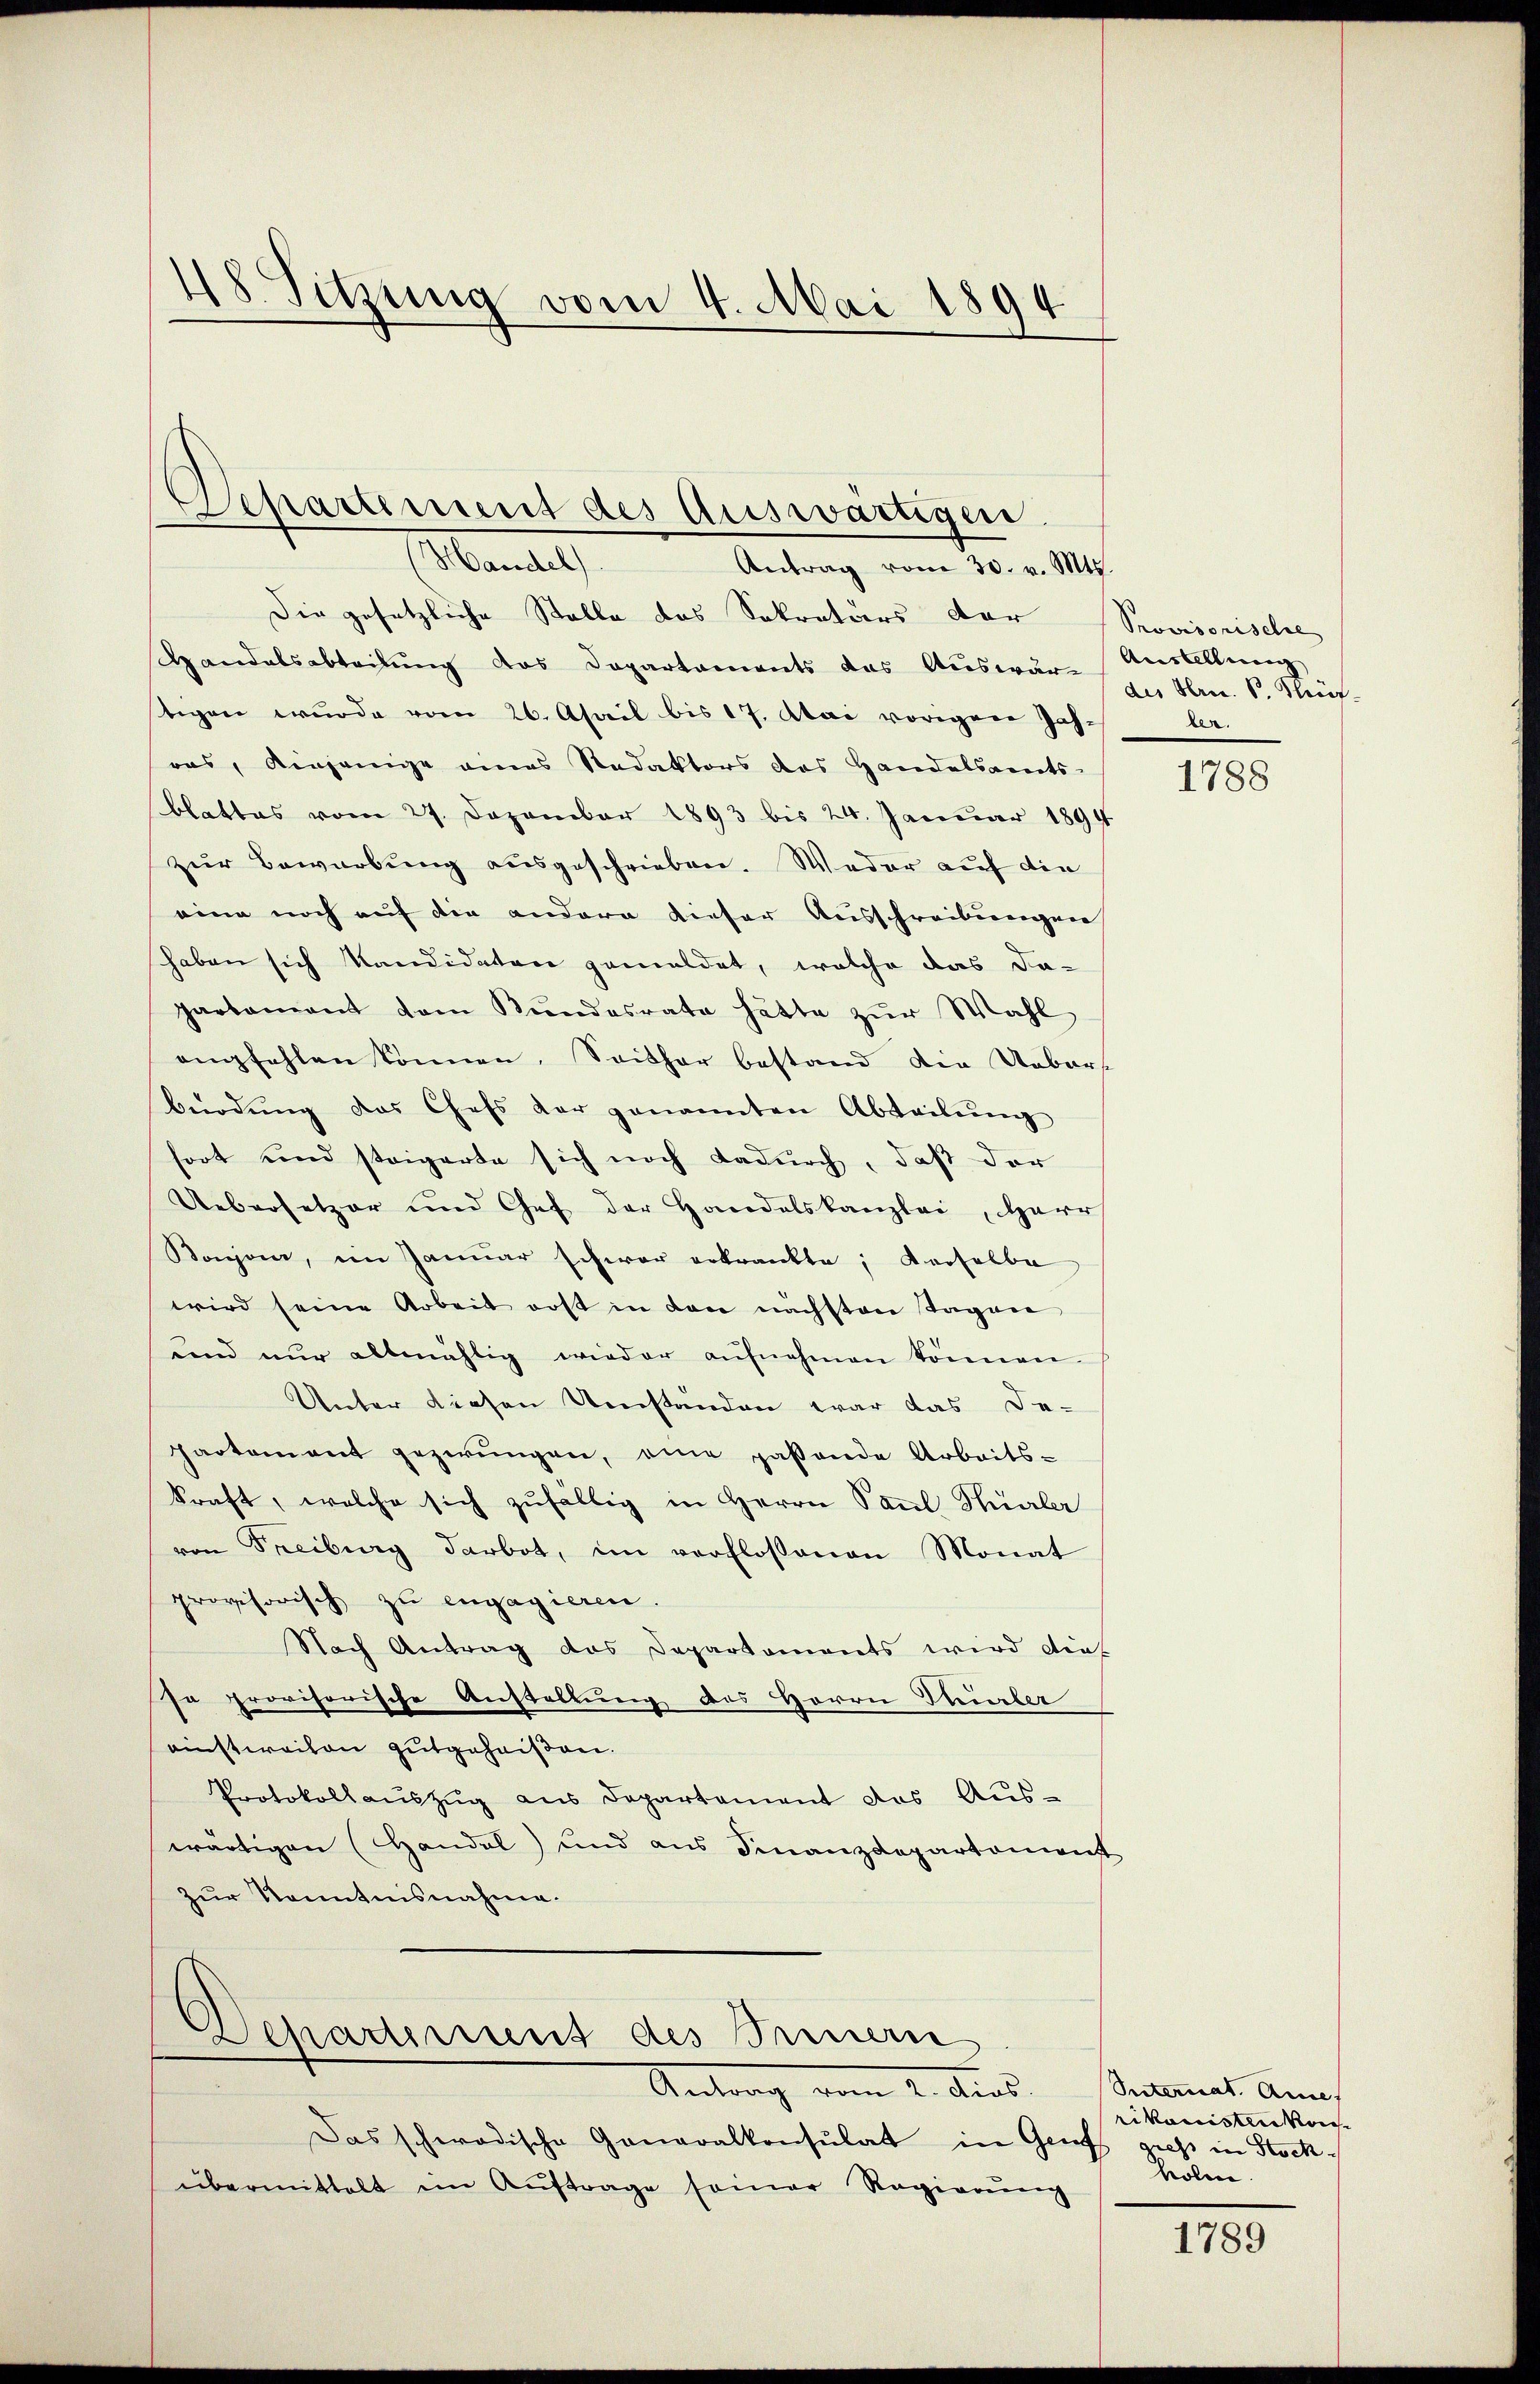
48. Sitzung vom 4. Mai 1894

Departement des Auswärtigen.
Mante
Antrag vom 30. v. Mts.

Die gesetzliche Stelle das Sekretärs der Provisorische
Randelsabteilung des Departaments das Auswar-
stigen wurde vom 26. April bis 17. Mai vorigen Jahras, einjenige amas Redaktors das Handelsamts-
blattes vom 27. Dezember 1893 bis 24. Januar 1894
zur Bewerbung ausgeschrieben. Weder auf die
eine noch auf die andere dieser Ausschreibungen
haben sich Kandidaten gemeldet, welche das da-
partament dem Kŭndesrate hätte zŭr Wahl
empfehlen können. Seither bestand die Uebers
beodŭng das Chefs der genannten Abteilŭng
hort und steigerte sich noch dadurch, daß der
Uebersetzer und Chef der Handelskanzlei, Herr
Bonzon, im Januar schwer erkrankte; derselbe
wird seine Arbeit erst in den nächsten Tagen
und nŭr allmählig wieder aŭfnahmen können.
Unter diesen Umständen war das De-
Partement gezwungen, eine paßende Arbeits-
kraft, welche sich zufällig in Herrn Paul Thürler
von Freiburg darbot, im verflossenen Monat
provisorisch zu engagieren.
Nach Antrag das Departaments wird dies
Ja provisorische Anstellung des Herrn Mürber
einstweilen gutgeheißen.
Protokollauszug aus Departement das Aus-
wärtigen (Handel) und aus Finanzdepartement
zur Kenntnisnahme.

Departement des Innern
Antrag vom 2. Aus

Das schwadische Generalkonsulat in Genf gus in Stockübermittelt im Auftrage seiner Regierung

Austellung
des Hrn. P. Stif-
ber.

1788

Suternat Anne
rikanisten kon
Koline

1789